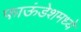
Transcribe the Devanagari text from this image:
फाऊंडेशमध्ये